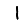
Digit: 1